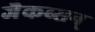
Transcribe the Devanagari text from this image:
जैकब्सन्